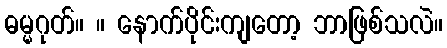
ဓမ္မဂုတ်။ ။ နောက်ပိုင်းကျတော့ ဘာဖြစ်သလဲ။